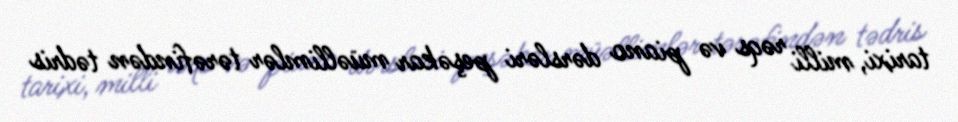
tarixi, milli rəqs və piano dərsləri peşəkar müəllimlər tərəfindən tədris